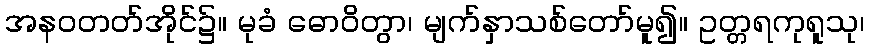
အနဝတတ်အိုင်၌။ မုခံ ဓောဝိတွာ၊ မျက်နှာသစ်တော်မူ၍။ ဥတ္တရကုရူသု၊